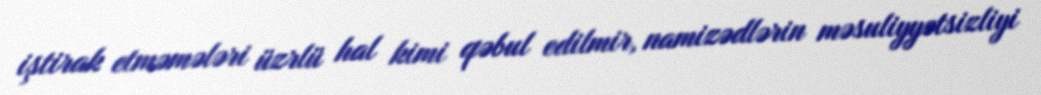
iştirak etməmələri üzrlü hal kimi qəbul edilmir, namizədlərin məsuliyyətsizliyi